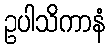
ဥပါသိကာနံ